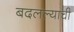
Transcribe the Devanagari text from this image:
बदलल्याची